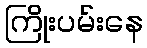
ကြိုးပမ်းနေ